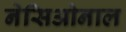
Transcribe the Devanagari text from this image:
नेसिओनाल